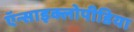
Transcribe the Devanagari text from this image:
ऍन्साइक्लोपीडिया